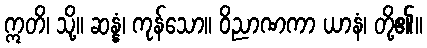
ဣတိ၊ သို့။ ဆန္နံ၊ ကုန်သော။ ဝိညာဏကာ ယာနံ၊ တို့၏။